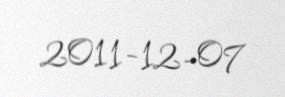
2011-12-07